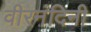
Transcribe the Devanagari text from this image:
वीरनंदिनी